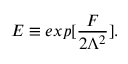
{ \cal E } \equiv e x p [ \frac { { \cal F } } { 2 \Lambda ^ { 2 } } ] .